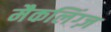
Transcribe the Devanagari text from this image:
मैकलिंग्ज़